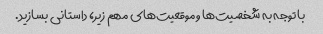
با توجه به شخصیت‌ها و موقعیت‌های مهم زیر، داستانی بسازید.